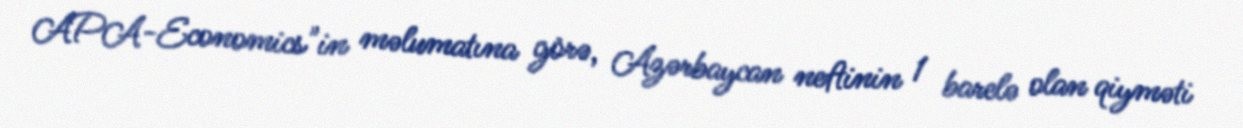
APA-Economics"in məlumatına görə, Azərbaycan neftinin 1 barelə olan qiyməti